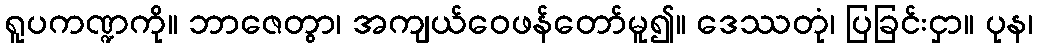
ရူပကဏ္ဍကို။ ဘာဇေတွာ၊ အကျယ်ဝေဖန်တော်မူ၍။ ဒေဿတုံ၊ ပြခြင်းငှာ။ ပုန၊